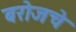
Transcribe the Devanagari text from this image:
बरोजचे